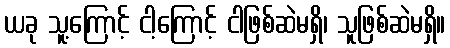
ယခု သူ့ကြောင့် ငါ့ကြောင့် ငါဖြစ်ဆဲမရှိ၊ သူဖြစ်ဆဲမရှိ။